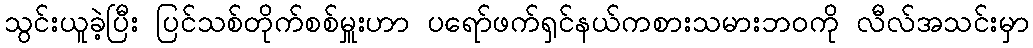
သွင်းယူခဲ့ပြီး ပြင်သစ်တိုက်စစ်မှူးဟာ ပရော်ဖက်ရှင်နယ်ကစားသမားဘဝကို လီလ်အသင်းမှာ